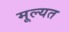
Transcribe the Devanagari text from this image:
मूल्यत